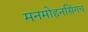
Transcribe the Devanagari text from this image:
मनमोहनसिंगच